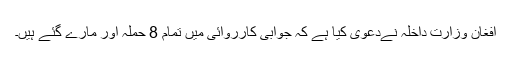
افغان وزارت داخلہ نےدعویٰ کیا ہے کہ جوابی کارروائی میں تمام 8 حملہ آور مارے گئے ہیں۔